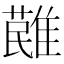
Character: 𩀔